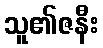
သူ၏ဇနီး